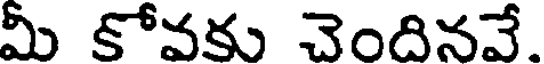
మీ కోవకు చెందినవే.